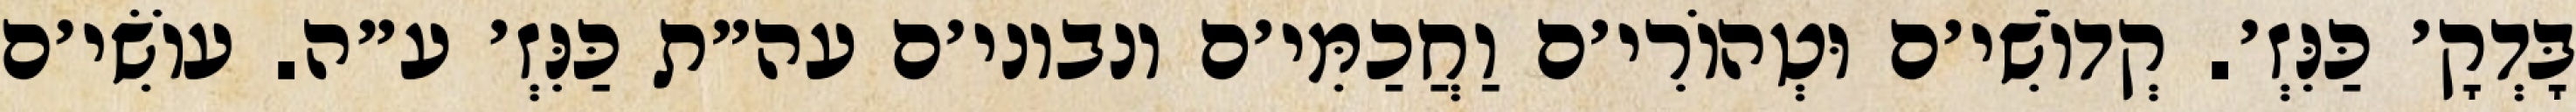
בָּדְקָ׳ כַּנִּזְ׳. קְדוֹשִׁי׳ם וּטְהוֹרִי׳ם וַחֲכַמִּי׳ם ונבוני׳ם עה״ת כַּנִּזְ׳ ע״ה. עוֹשִׂי׳ם